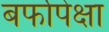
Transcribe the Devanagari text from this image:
बर्फापेक्षा